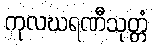
ကုလဃရဏီသုတ္တံ